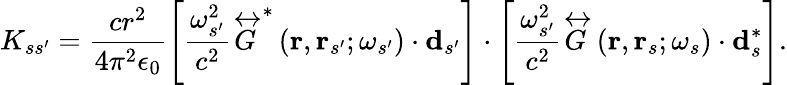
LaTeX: K_{ss^{\prime}}=\frac{cr^{2}}{4\pi^{2}\epsilon_{0}}\left[\frac{\omega_{s^{\prime}}^{2}}{c^{2}}\overleftrightarrow{G}^{*}\left(\mathbf{r},\mathbf{r}_{s^{\prime}};\omega_{s^{\prime}}\right)\cdot\mathbf{d}_{s^{\prime}}\right]\cdot\left[\frac{\omega_{s^{\prime}}^{2}}{c^{2}}\overleftrightarrow{G}\left(\mathbf{r},\mathbf{r}_{s};\omega_{s}\right)\cdot\mathbf{d}_{s}^{*}\right].